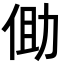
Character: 𪜾